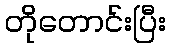
တိုတောင်းပြီး